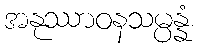
အနုဿာဝနသမ္ပန္နံ